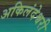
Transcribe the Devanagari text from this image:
अकिलंदेश्वरी